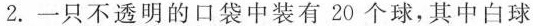
2.一只不透明的口袋中装有20个球，其中白球